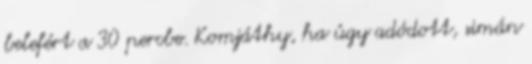
belefért a 30 percbe. Komjáthy, ha úgy adódott, simán